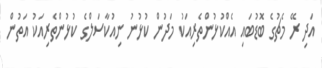
އަދި ރޭ މެޗުގެ ބޮޑުބައި އެއްކުޅުންތެރިއަކު މަދުން ކުޅުނު ނިއުކާސަލްގެ ކުޅުންތެރިއަކު އަތުން